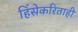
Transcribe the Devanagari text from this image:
हिंसेकरिताही